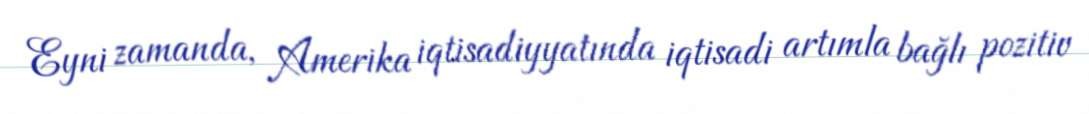
Eyni zamanda, Amerika iqtisadiyyatında iqtisadi artımla bağlı pozitiv